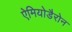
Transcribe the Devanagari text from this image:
ऐमियोडैरोन